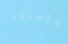
المنقذ